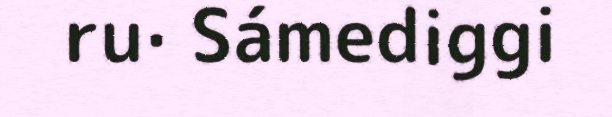
ru· Sámediggi